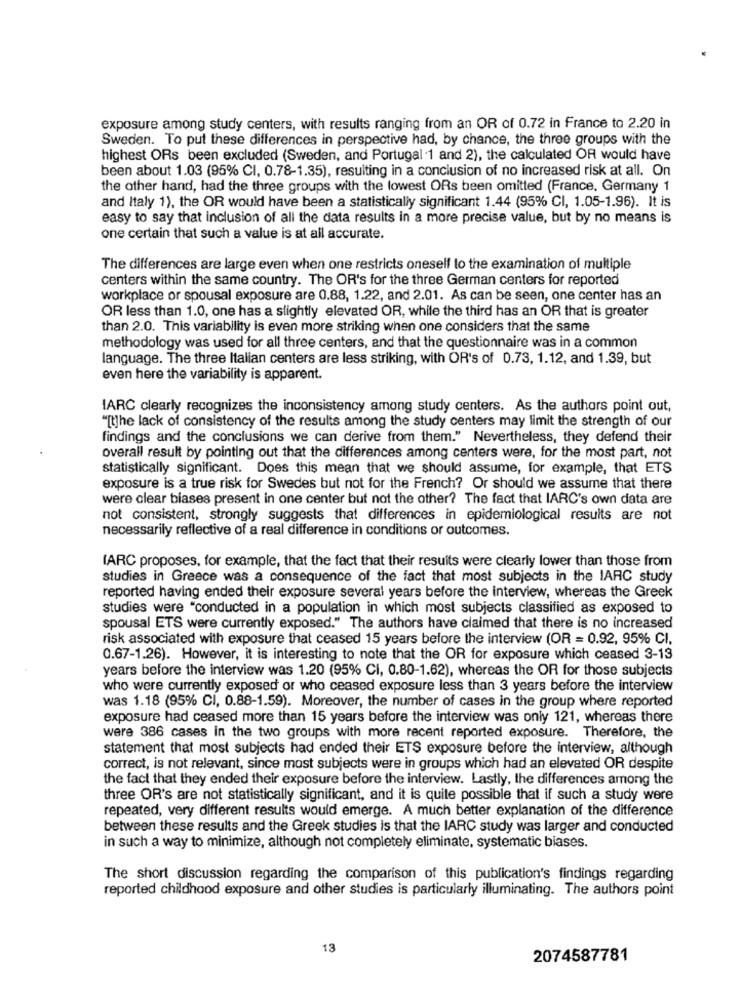
exposure among study centers, with results ranging from an OR of 0.72 in France to 2.20 in
Sweden. To put these differences in perspective had, by chance, the three groups with the
highest ORs been excluded (Sweden, and Portugal .1 and 2), the calculated OR would have
been about 1.03 (95% CI, 0.78-1.35), resulting in a conclusion of no increased risk at all. On
the other hand, had the three groups with the lowest ORs been omitted (France, Germany 1
and Italy 1), the OR would have been a statistically significant 1.44 (95% CI, 1.05-1.96). It is
easy to say that inclusion of all the data results in a more precise value, but by no means is
one certain that such a value is at all accurate.
The differences are large even when one restricts oneself to the examination of multiple
centers within the same country. The OR's for the three German centers for reported
workplace or spousal exposure are 0.88, 1.22, and 2.01. As can be seen, one center has an
OR less than 1.0, one has a slightly elevated OR, while the third has an OR that is greater
than 2.0. This variability is even more striking when one considers that the same
methodology was used for all three centers, and that the questionnaire was in a common
language. The three Italian centers are less striking, with OR's of 0.73, 1.12, and 1.39, but
even here the variability is apparent.
IARC clearly recognizes the inconsistency among study centers. As the authors point out,
"[t]he lack of consistency of the results among the study centers may limit the strength of our
findings and the conclusions we can derive from them." Nevertheless, they defend their
overall result by pointing out that the differences among centers were, for the most part, not
statistically significant. Does this mean that we should assume, for example, that ETS
exposure is a true risk for Swedes but not for the French? Or should we assume that there
were clear biases present in one center but not the other? The fact that IARC's own data are
not consistent, strongly suggests that differences in epidemiological results are not
necessarily reflective of a real difference in conditions or outcomes.
[ARC proposes, for example, that the fact that their results were clearly lower than those from
studies in Greece was a consequence of the fact that most subjects in the IARC study
reported having ended their exposure several years before the interview, whereas the Greek
studies were "conducted in a population in which most subjects classified as exposed to
spousal ETS were currently exposed." The authors have claimed that there is no increased
risk associated with exposure that ceased 15 years before the interview (OR = 0.92, 95% CI,
0.67-1.26). However, it is interesting to note that the OR for exposure which ceased 3-13
years before the interview was 1.20 (95% CI, 0.80-1.62), whereas the OR for those subjects
who were currently exposed or who ceased exposure less than 3 years before the interview
was 1.18 (95% CI, 0.88-1.59). Moreover, the number of cases in the group where reported
exposure had ceased more than 15 years before the interview was only 121, whereas there
were 386 cases in the two groups with more recent reported exposure. Therefore, the
statement that most subjects had ended their ETS exposure before the interview, although
correct, is not relevant, since most subjects were in groups which had an elevated OR despite
the fact that they ended their exposure before the interview. Lastly, the differences among the
three OR's are not statistically significant, and it is quite possible that if such a study were
repeated, very different results would emerge. A much better explanation of the difference
between these results and the Greek studies is that the IARC study was larger and conducted
in such a way to minimize, although not completely eliminate, systematic biases.
The short discussion regarding the comparison of this publication's findings regarding
reported childhood exposure and other studies is particularly illuminating. The authors point
13
2074587781